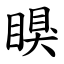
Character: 瞁